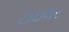
ટાઇલર